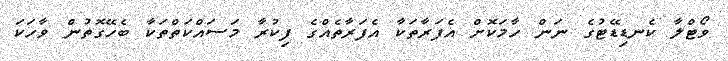
ވޯޓްލާ ކެނޑިޑޭޓުގެ ނަން ހާމަކޮށް އެފަރާތަކާ އެފަރާތެއްގެ ފިކުރާ މަސައްކަތްތަކާ ބެހޭގޮތުން ވާހަކަ